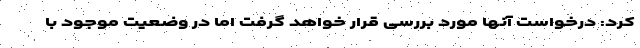
کرد: درخواست آنها مورد بررسی قرار خواهد گرفت اما در وضعیت موجود با